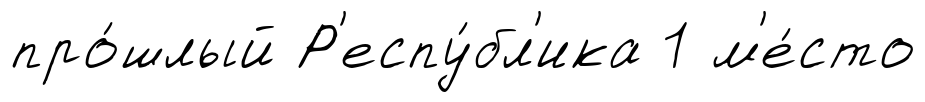
про́шлый Р'еспу́бл'ика 1 м'е́сто